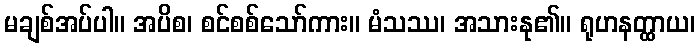
မချစ်အပ်ပါ။ အပိစ၊ စင်စစ်သော်ကား။ မံသဿ၊ အသားနု၏။ ရုဟနတ္ထာယ၊